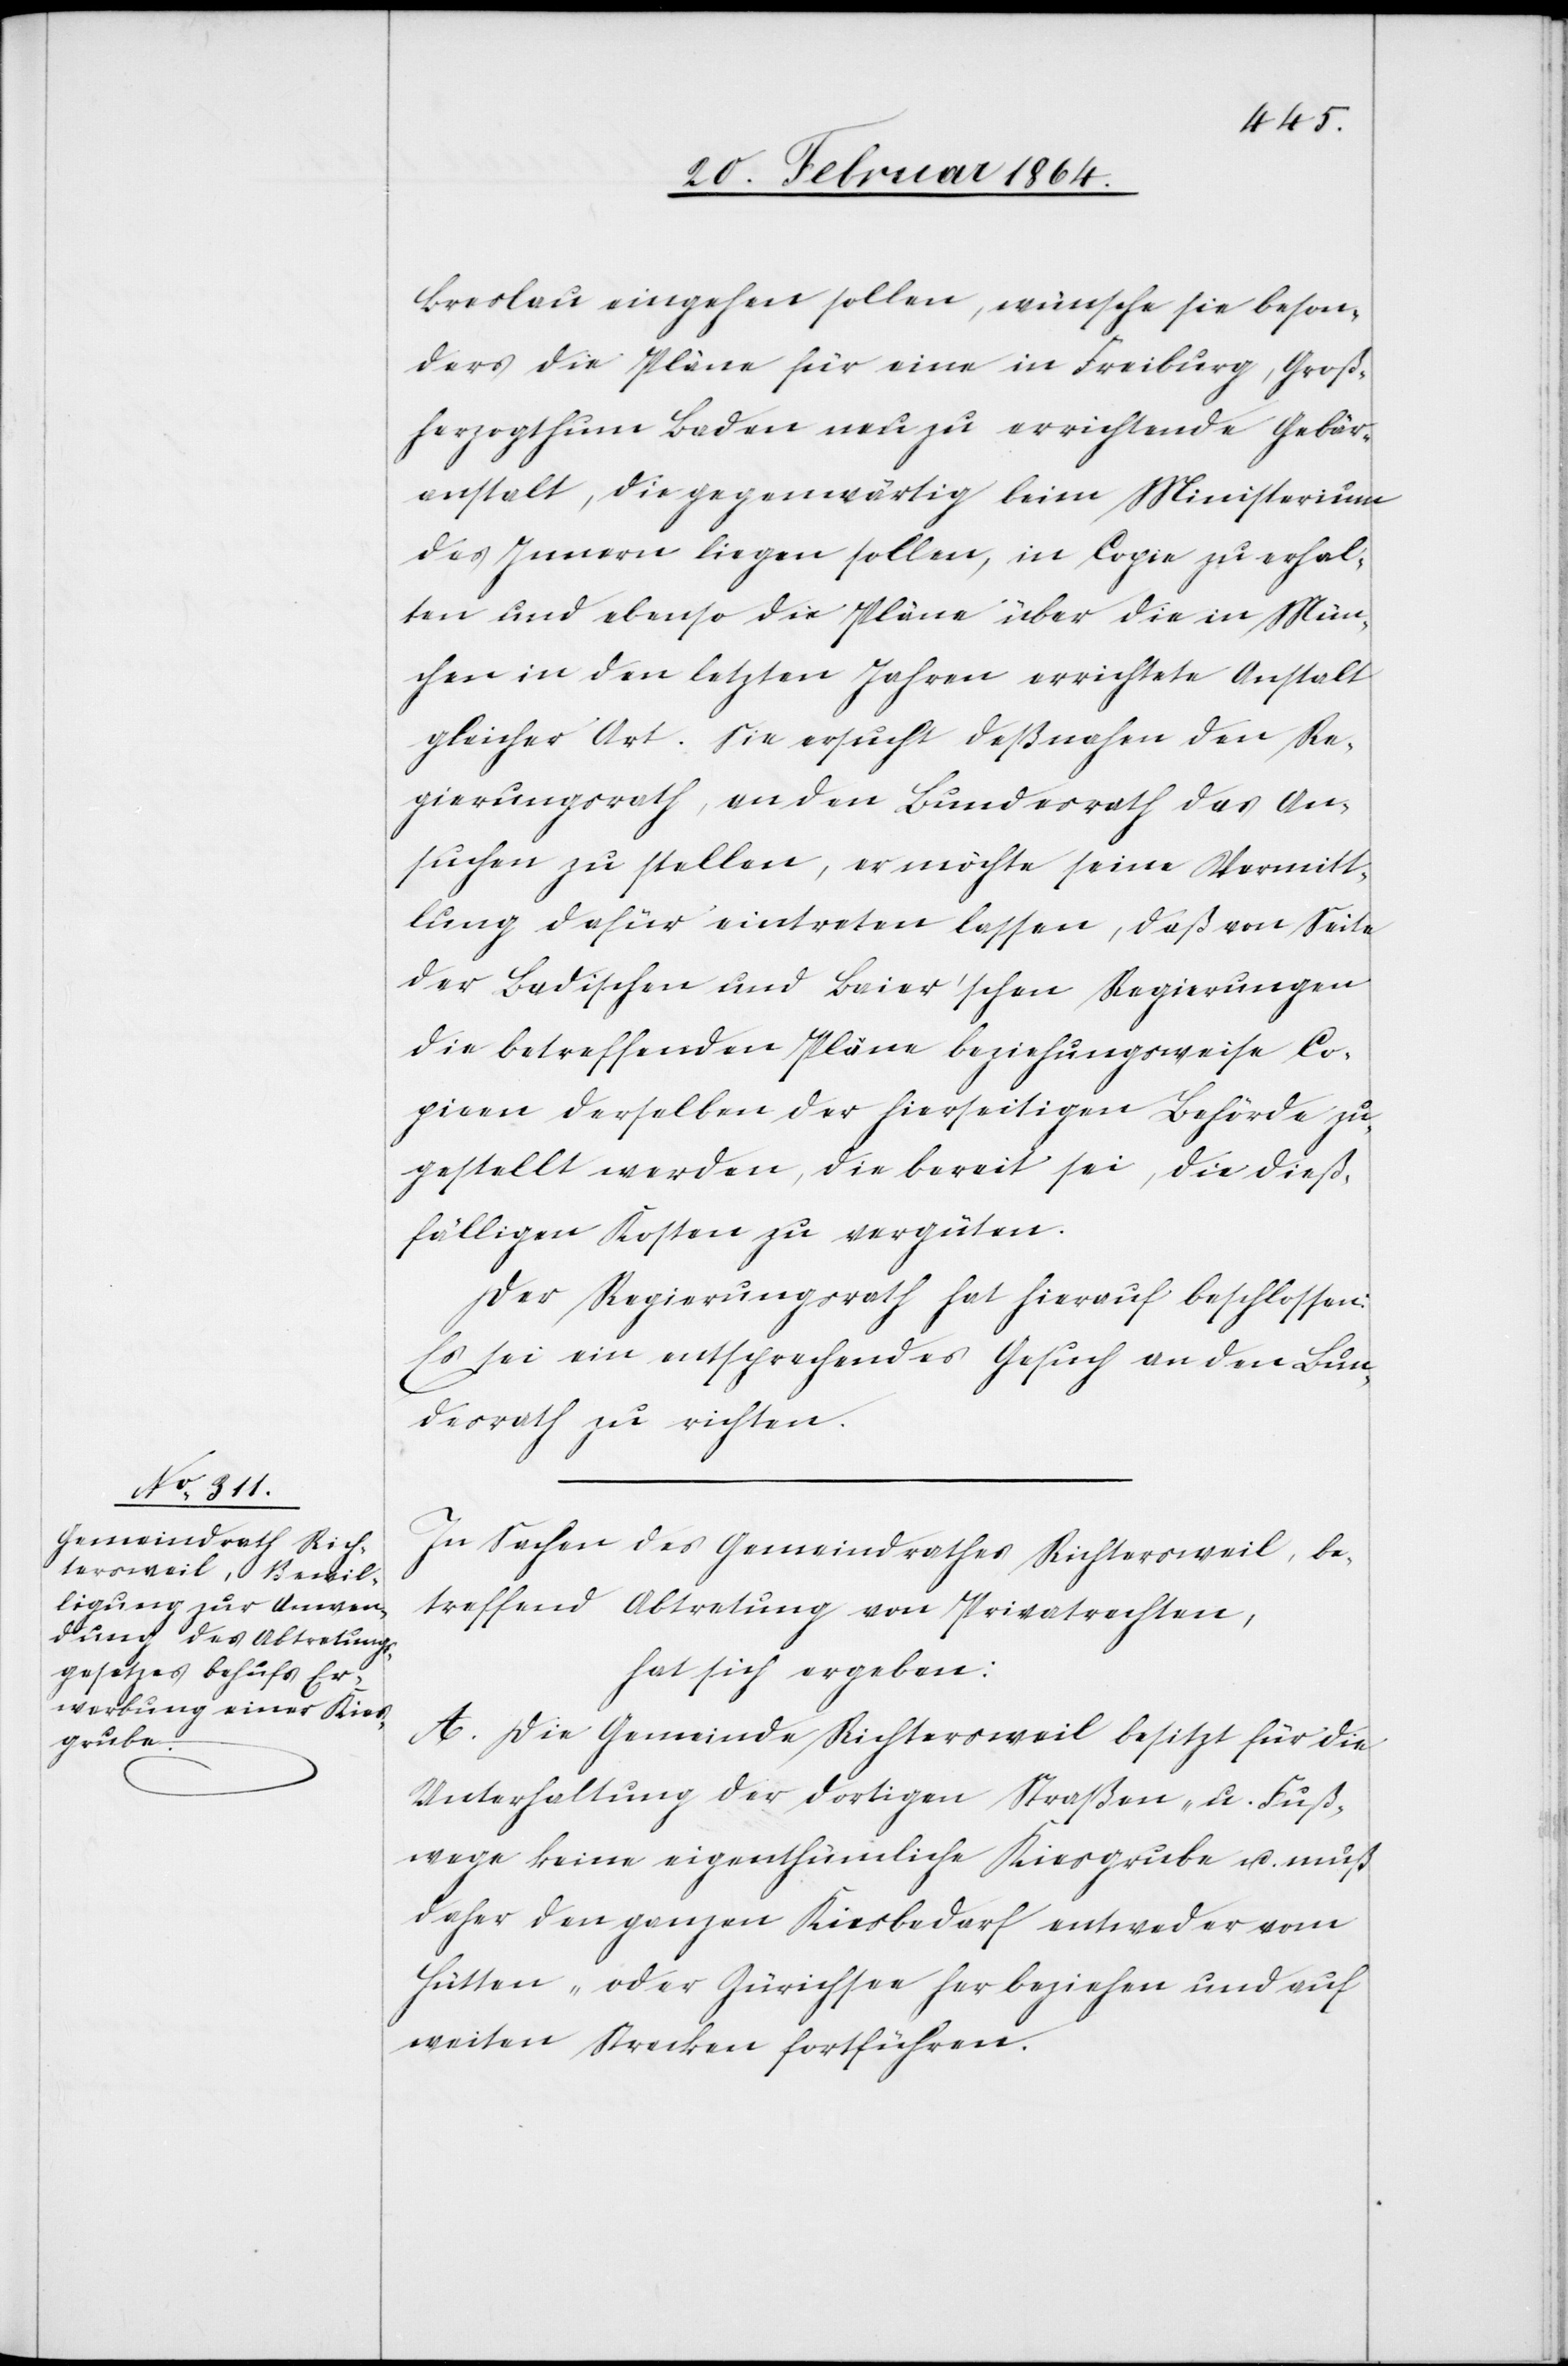
Breslau eingehen sollen, wünsche sie beson¬
ders die Pläne für eine in Freiburg, Groß¬
herzogthum Baden neu zu errichtende Gebär¬
anstalt, die gegenwärtig beim Ministerium
des Innern liegen sollen, in Copie zu erhal¬
ten und ebenso die Pläne über die in Mün¬
chen in den letzten Jahren errichtete Anstalt
gleicher Art. Sie ersucht deßnahen den Re¬
gierungsrath, an den Bundesrath das An¬
suchen zu stellen, er möchte seine Vermitt¬
lung dafür eintreten lassen, daß von Seite
der Badischen und Baier’schen Regierungen
die betreffenden Pläne beziehungsweise Co¬
pieen derselben der hierseitigen Behörde zu¬
gestellt werden, die bereit sei die dieß¬
fälligen Kosten zu vergüten.
Der Regierungsrath hat hierauf beschlossen:
Es sei ein entsprechendes Gesuch an den Bun¬
desrath zu richten.
In Sachen des Gemeindrathes Richtersweil, be¬
treffend Abtretung von Privatrechten,
hat sich ergeben:
A. Die Gemeinde Richtersweil besitzt für die
Unterhaltung der dortigen Straßen- u. Fuß¬
wege keine eigenthümliche Kiesgrube u. muß
daher den ganzen Kiesbedarf entweder vom
Hütten- oder Zürichsee her beziehen und auf
weiten Strecken fortführen.